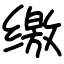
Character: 缴